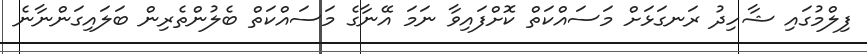
ފިލްމުގައި ޝާހިދު ރަނގަޅަށް މަސައްކަތް ކޮށްފައިވާ ނަމަ އޭނާގެ މަސައްކަތް ބެލުންތެރިން ބަލައިގަންނާނެ